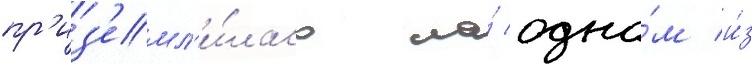
пр'из'емл'и́лась на́ одно́м и́з